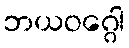
ဘယဝဂ္ဂေါ